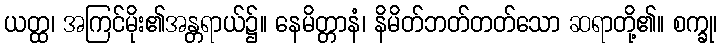
ယတ္ထ၊ အကြင်မိုး၏အန္တရာယ်၌။ နေမိတ္တာနံ၊ နိမိတ်ဘတ်တတ်သော ဆရာတို့၏။ စက္ခု၊